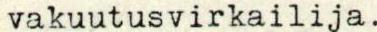
vakuutusvirkailija.